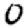
Digit: 0